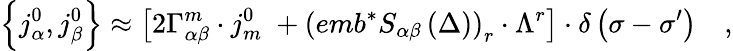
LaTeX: \left\{ j_{\alpha}^{0},j_{\beta}^{0}\right\} \approx\left[2\Gamma_{\alpha\beta}^{m}\cdot j_{m}^{0}\; +\left(emb^{*}S_{\alpha\beta}\left(\Delta\right)\right)_{r}\cdot\Lambda^{r}\right]\cdot\delta\left(\sigma-\sigma^{\prime}\right)\quad,